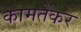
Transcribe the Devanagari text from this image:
कामतेकर